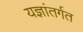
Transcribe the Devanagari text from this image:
यज्ञांतर्गत